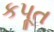
કપૂત